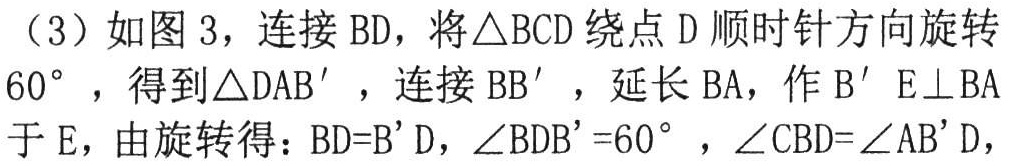
（3）如图 3，连接 \(BD\)，将\(\triangle BCD\)绕点 \(D\)顺时针方向旋转\(60^{\circ }\)，得到\(\triangle DAB'\)，连接 \(BB'\)，延长 \(BA\)，作 \(B'E\perp BA\)于 \(E\)，由旋转得：\(BD = B'D\)，\(\angle BDB' = 60^{\circ }\)，\(\angle CBD=\angle AB'D\)，